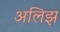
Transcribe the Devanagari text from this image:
अलिझ